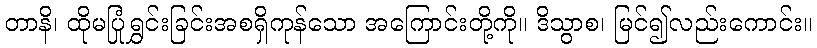
တာနိ၊ ထိုမပြုံရွှင်းခြင်းအစရှိကုန်သော အကြောင်းတို့ကို။ ဒိသွာစ၊ မြင်၍လည်းကောင်း။